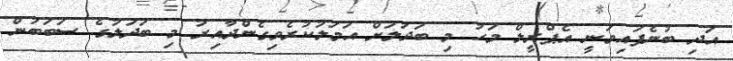
އަދި ބުނެފައިވަނީ އެޕްރީލް މަހު މި ބަދަލަށް އަމަލުކުރެވިގެންދާއިރު މި ބަދަލުގެ ސަބަބުން